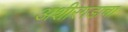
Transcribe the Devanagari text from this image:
अशीरगडाचा